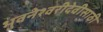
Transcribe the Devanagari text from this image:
भुवनेश्वरीदेवीसाठी